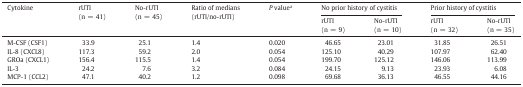
<table><thead><tr><td><b>Cytokine</b></td><td><b>rUTI(n = 41)</b></td><td><b>No-rUTI(n = 45)</b></td><td><b>Ratio of medians(rUTI/no-rUTI)</b></td><td><b><i>P</i> valuea</b></td><td colspan="2"><b>No prior history of cystitis</b></td><td colspan="2"><b>Prior history of cystitis</b></td></tr><tr><td><b>rUTI(n = 9)</b></td><td><b>No-rUTI(n = 10)</b></td><td><b>rUTI(n = 32)</b></td><td><b>No-rUTI(n = 35)</b></td></tr></thead><tbody><tr><td>M-CSF (CSF1)</td><td>33.9</td><td>25.1</td><td>1.4</td><td>0.020</td><td>46.65</td><td>23.01</td><td>31.85</td><td>26.51</td></tr><tr><td>IL-8 (CXCL8)</td><td>117.3</td><td>59.2</td><td>2.0</td><td>0.054</td><td>125.10</td><td>40.29</td><td>107.97</td><td>62.40</td></tr><tr><td>GROa (CXCL1)</td><td>156.4</td><td>115.5</td><td>1.4</td><td>0.054</td><td>199.70</td><td>125.12</td><td>146.06</td><td>113.99</td></tr><tr><td>IL-3</td><td>24.2</td><td>7.6</td><td>3.2</td><td>0.084</td><td>24.15</td><td>9.13</td><td>23.93</td><td>6.08</td></tr><tr><td>MCP-1 (CCL2)</td><td>47.1</td><td>40.2</td><td>1.2</td><td>0.098</td><td>69.68</td><td>36.13</td><td>46.55</td><td>44.16</td></tr></tbody></table>